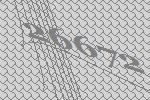
26672